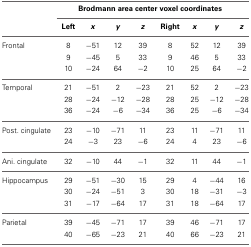
|  | <COLSPAN=8> Brodmann area center voxel coordinates |
 |  | Left | x | y | z | Right | x | y | z |
 | --- | --- | --- | --- | --- | --- | --- | --- | --- |
 | Frontal | 8 | −51 | 12 | 39 | 8 | 52 | 12 | 39 |
 |  | 9 | −45 | 5 | 33 | 9 | 46 | 5 | 33 |
 |  | 10 | −24 | 64 | −2 | 10 | 25 | 64 | −2 |
 | Temporal | 21 | −51 | 2 | −23 | 21 | 52 | 2 | −23 |
 |  | 28 | −24 | −12 | −28 | 28 | 25 | −12 | −28 |
 |  | 36 | −24 | −6 | −34 | 36 | 25 | −6 | −34 |
 | Post. cingulate | 23 | −10 | −71 | 11 | 23 | 11 | −71 | 11 |
 |  | 24 | −3 | 23 | −6 | 24 | 4 | 23 | −6 |
 | Ani. cingulate | 32 | −10 | 44 | −1 | 32 | 11 | 44 | −1 |
 | Hippocampus | 29 | −51 | −30 | 15 | 29 | 4 | −44 | 16 |
 |  | 30 | −24 | −51 | 3 | 30 | 18 | −31 | −3 |
 |  | 31 | −17 | −64 | 17 | 31 | 18 | −64 | 17 |
 | Parietal | 39 | −45 | −71 | 17 | 39 | 46 | −71 | 17 |
 |  | 40 | −65 | −23 | 21 | 40 | 66 | −23 | 21 |